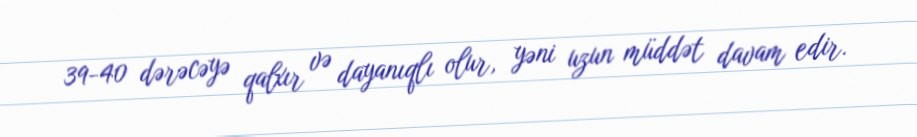
39-40 dərəcəyə qalxır və dayanıqlı olur, yəni uzun müddət davam edir.